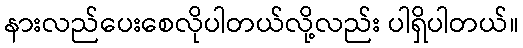
နားလည်ပေးစေလိုပါတယ်လို့လည်း ပါရှိပါတယ်။